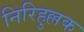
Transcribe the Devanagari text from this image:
निरिहुल्लक